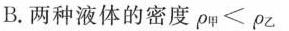
B.两小球液体的密度$$ \ rho _ { 甲 } < \rho _ { 乙 } $$